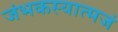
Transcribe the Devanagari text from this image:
जंभकस्यात्मजं